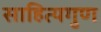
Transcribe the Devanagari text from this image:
साहित्यगुण